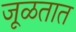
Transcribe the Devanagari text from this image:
जूळतात